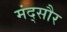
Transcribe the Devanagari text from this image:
मंद्सौर